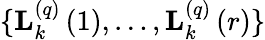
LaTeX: \{ \mathbf{L}_{k}^{\left(q\right)}\left(1\right),\ldots,\mathbf{L}_{k}^{\left(q\right)}\left(r\right)\}